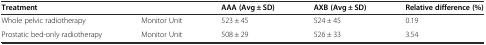
| Treatment |  | AAA (Avg ± SD) | AXB (Avg ± SD) | Relative difference (%) |
 | --- | --- | --- | --- | --- |
 | Whole pelvic radiotherapy | Monitor Unit | 523 ± 45 | 524 ± 45 | 0.19 |
 | Prostatic bed-only radiotherapy | Monitor Unit | 508 ± 29 | 526 ± 33 | 3.54 |